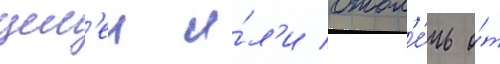
цел'еи и́л'и отвл'е́чь о́т